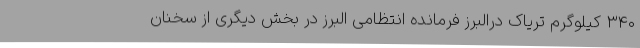
۳۴۰ کیلوگرم تریاک درالبرز فرمانده انتظامی البرز در بخش دیگری از سخنان